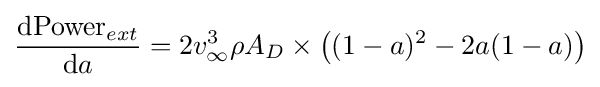
{\frac {\mathrm {d} \mathrm {Power} _{ext}}{\mathrm {d} a}}=2v_{\infty }^{3}\rho A_{D}\times \left((1-a)^{2}-2a(1-a)\right)